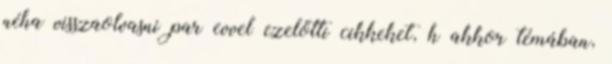
néha visszaolvasni par evvel ezelőtti cikkeket, h akkor témában,